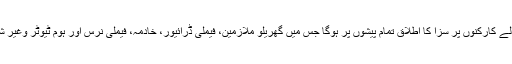
ہروب والے کارکنوں پر سزا کا اطلاق تمام پیشوں پر ہوگا جس میں گھریلو ملازمین، فیملی ڈرائیور، خادمہ، فیملی نرس اور ہوم ٹیوٹر وغیر شامل ہیں۔